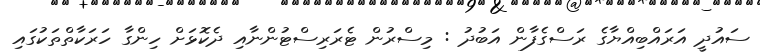
ސައުދީ އަރައްބިއްޔާގެ ރަސްގެފާން އަބުދު : މިސްރުން ޓެރަރިސްޓުންނާއި ދެކޮޅަށް ހިންގާ ހަރަކާތްތަކުގައި